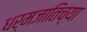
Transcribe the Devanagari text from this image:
धर्मजातिच्या